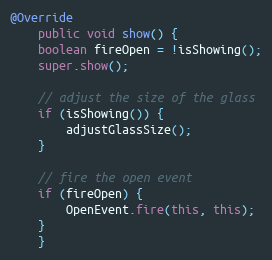
Language: Java
@Override
    public void show() {
	boolean fireOpen = !isShowing();
	super.show();

	// adjust the size of the glass
	if (isShowing()) {
	    adjustGlassSize();
	}

	// fire the open event
	if (fireOpen) {
	    OpenEvent.fire(this, this);
	}
    }